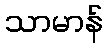
သာမာန်